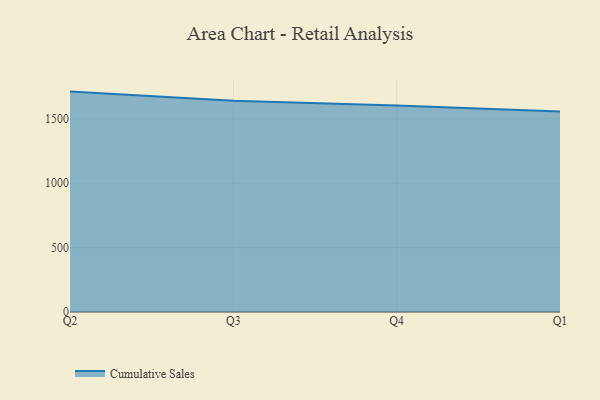
{"axis": {"x": "Quarter", "y": "Waste Production (Tons)"}, "legend": ["Cumulative Sales"], "data": [{"x": "Q2", "y": 1711.6, "type": "Cumulative Sales"}, {"x": "Q3", "y": 1641.1, "type": "Cumulative Sales"}, {"x": "Q4", "y": 1603.4, "type": "Cumulative Sales"}, {"x": "Q1", "y": 1557.6, "type": "Cumulative Sales"}]}